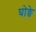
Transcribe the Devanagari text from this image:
घोङे